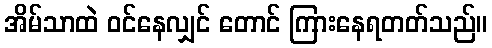
အိမ်သာထဲ ဝင်နေလျှင် တောင် ကြားနေရတတ်သည်။